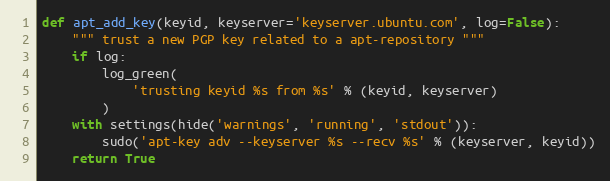
Language: Python
def apt_add_key(keyid, keyserver='keyserver.ubuntu.com', log=False):
    """ trust a new PGP key related to a apt-repository """
    if log:
        log_green(
            'trusting keyid %s from %s' % (keyid, keyserver)
        )
    with settings(hide('warnings', 'running', 'stdout')):
        sudo('apt-key adv --keyserver %s --recv %s' % (keyserver, keyid))
    return True